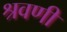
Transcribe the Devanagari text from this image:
श्रवणीं